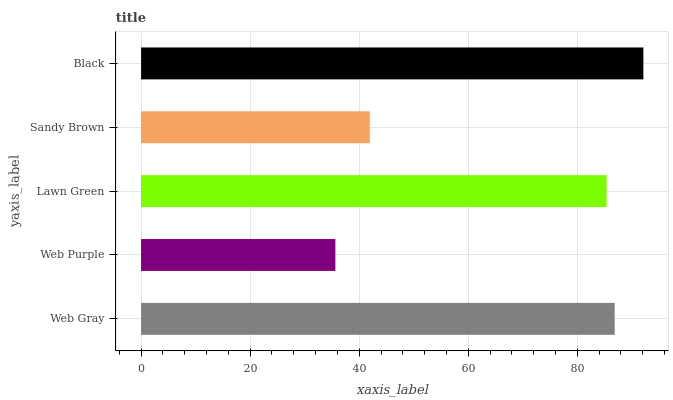
| yaxis_label | bars |
 | --- | --- |
 | Web Gray | 86.9 |
 | Web Purple | 35.6 |
 | Lawn Green | 85.4 |
 | Sandy Brown | 42 |
 | Black | 92.1 |